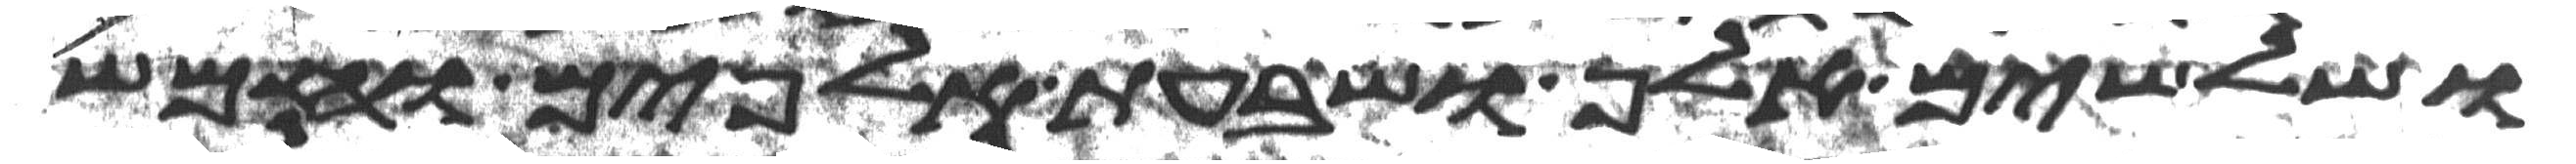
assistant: ושלשים אלף ושבעת אלפים וחמש